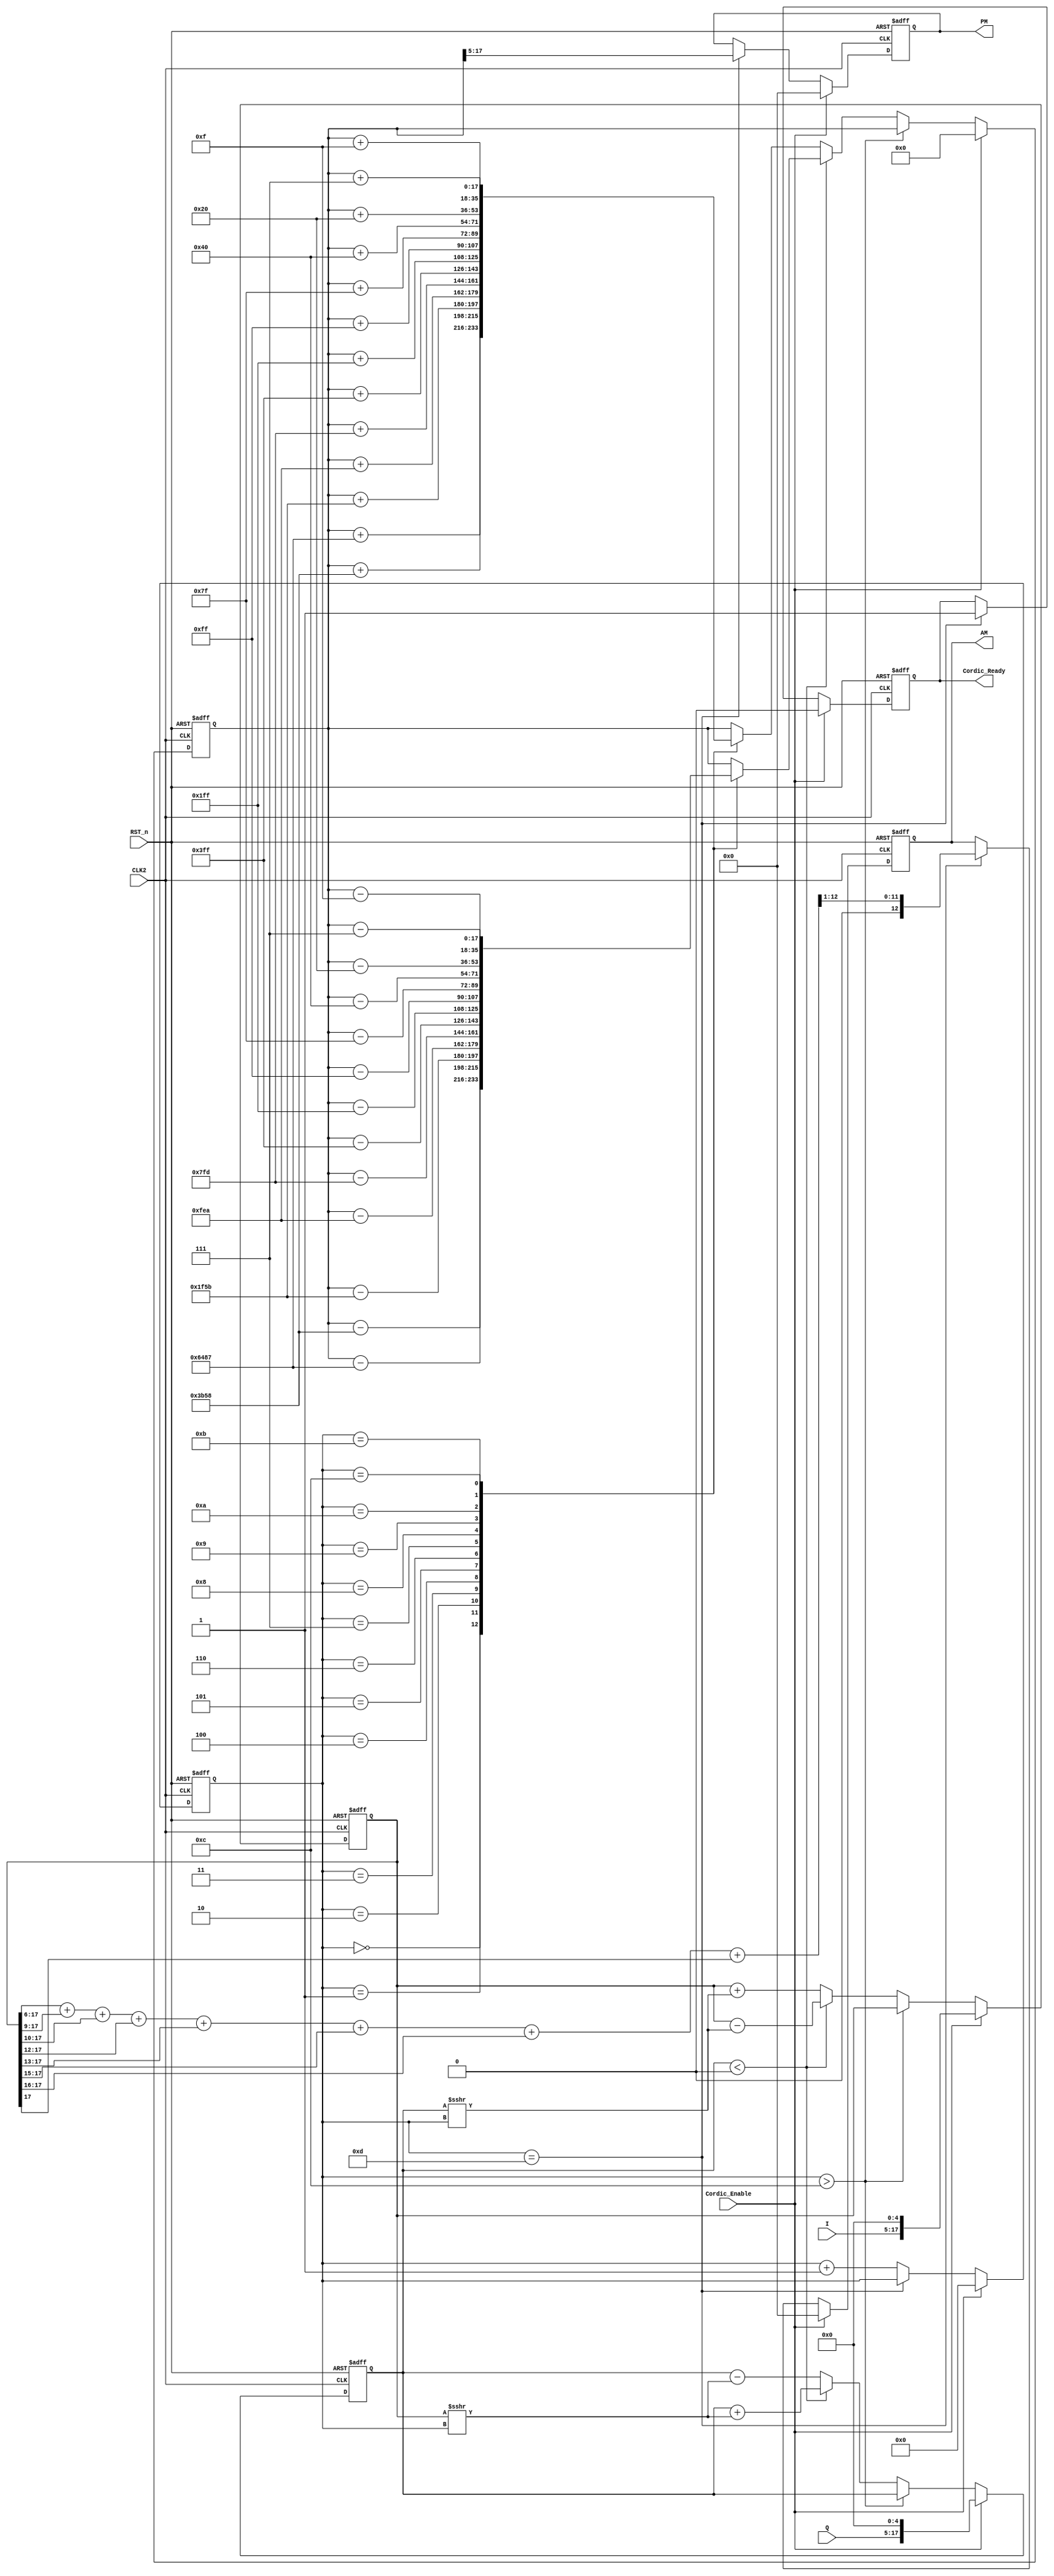
module Cordic(input wire [12:0] I,
	          input wire [12:0] Q,
	          input wire        Cordic_Enable,
	          input wire        CLK2,
	          input wire        RST_n,

	          output reg [12:0] PM,
	          output reg [12:0] AM,
	          output reg        Cordic_Ready);

parameter theta1 = 18'b000110010010000111;  //45/180*pi
parameter theta2 = 18'b000011101101011000;  //26.565052/180*pi
parameter theta3 = 18'b000001111101011011;
parameter theta4 = 18'b000000111111101010;
parameter theta5 = 18'b000000011111111101;
parameter theta6 = 18'b000000001111111111;
parameter theta7 = 18'b000000000111111111;
parameter theta8 = 18'b000000000011111111;
parameter theta9 = 18'b000000000001111111;
parameter theta10 = 18'b000000000001000000;
parameter theta11 = 18'b000000000000100000;
parameter theta12 = 18'b000000000000001111;
parameter theta13 = 18'b000000000000000111; 

reg signed [17:0] x;
reg signed [17:0] y;
reg [3:0]  i;
reg [17:0] theta;

always @(posedge CLK2 or negedge RST_n) begin
	if (!RST_n) begin
		x <= 0;
		y <= 0;
		theta <= 0;		
	end
	else begin
		if (Cordic_Enable == 1) begin
			x <= {I[12:0],5'b0};
			y <= {Q[12:0],5'b0};
			theta <= 0;
		end
		else begin
		if (i>12) begin
			x <= x;
			y <= y;
			theta <= theta;
		end
		else begin
			if (y<0) begin
				x <= x - (y>>>i);
				y <= y + (x>>>i);
				case (i)
				0:theta <= theta-theta1;
                1:theta <= theta-theta2;
                2:theta <= theta-theta3;
                3:theta <= theta-theta4;
                4:theta <= theta-theta5;
                5:theta <= theta-theta6;
                6:theta <= theta-theta7;
                7:theta <= theta-theta8;
                8:theta <= theta-theta9;
                9:theta <= theta-theta10;
                10:theta <= theta-theta11;
                11:theta <= theta-theta12;
                12:theta <= theta-theta13;
                default: theta <= theta;
                endcase
			end
			else begin
				x <= x + (y>>>i);
				y <= y - (x>>>i);
				case (i)
				0:theta <= theta+theta1;
                1:theta <= theta+theta2;
                2:theta <= theta+theta3;
                3:theta <= theta+theta4;
                4:theta <= theta+theta5;
                5:theta <= theta+theta6;
                6:theta <= theta+theta7;
                7:theta <= theta+theta8;
                8:theta <= theta+theta9;
                9:theta <= theta+theta10;
                10:theta <= theta+theta11;
                11:theta <= theta+theta12;
                12:theta <= theta+theta13;
                default: theta <= theta;
                endcase
			end
		end
		end
	end
end

always @(posedge CLK2 or negedge RST_n) begin
	if (!RST_n) begin
		i  <= 0;
		PM <= 0;
		AM <= 0;
		Cordic_Ready <= 0;
	end
	else begin
		if (Cordic_Enable ==1) begin
			i  <= 0;
		    PM <= 0;
		    AM <= 0;
		    Cordic_Ready <= 0;
		end
		else begin
			if (i == 4'd13) begin
			i <= i;
            PM <= theta[17:5];
            AM <= ((x[17:5]>>1)+(x[17:5]>>4)+(x[17:5]>>5)+(x[17:5]>>7)+(x[17:5]>>8)+(x[17:5]>>10)+(x[17:5]>>11)+(x[17:5]>>12))>>1; 
            Cordic_Ready <= 1;
            end
            else i <= i + 1;
		end
	end
end

endmodule